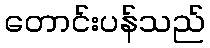
တောင်းပန်သည်